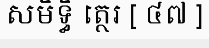
សមិទ្ធិ ត្ថេរ [ ៤៧ ]